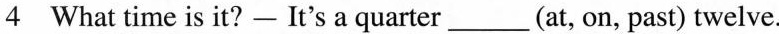
4 What time is it?- It's a quarter___(at, on, past) twelve.